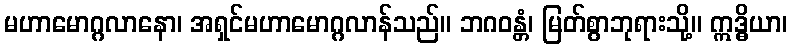
မဟာမောဂ္ဂလာနော၊ အရှင်မဟာမောဂ္ဂလာန်သည်။ ဘဂဝန္တံ၊ မြတ်စွာဘုရားသို့။ ဣဒ္ဓိယာ၊